Morphology and life history of Herpetomonas culicis, Novy, MacNeal and Torrey - Number 57
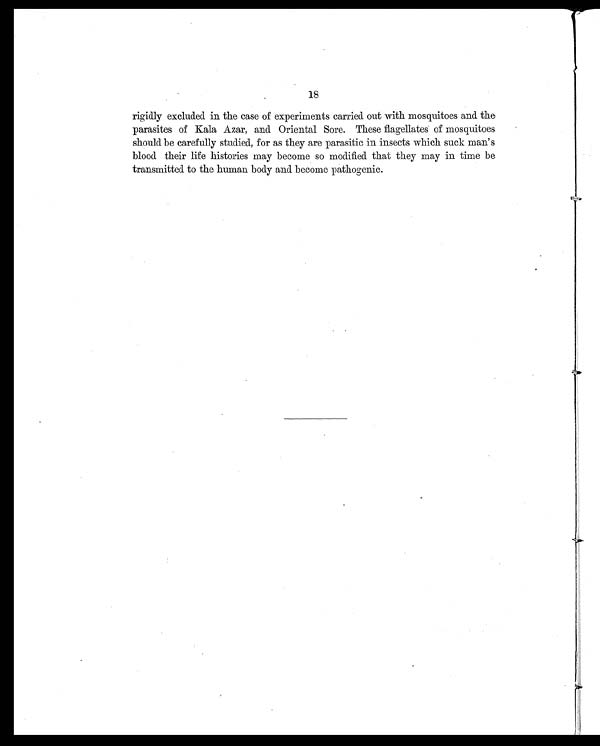
18
rigidly excluded in the case of experiments carried out with mosquitoes and the
parasites of Kala Azar, and Oriental Sore. These flagellates of mosquitoes
should be carefully studied, for as they are parasitic in insects which suck man's
blood their life histories may become so modified that they may in time be
transmitted to the human body and become pathogenic.